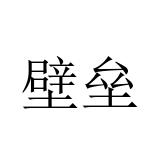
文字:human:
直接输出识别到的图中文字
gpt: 壁垒